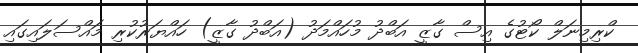
ކްރިމިނަލް ކޯޓުގެ އިސް ގާޒީ އަބްދު މުހައްމަދު (އަބްދު ގާޒީ) ހައްޔަރުކުރި މައްސަލައިގައި